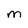
Character: m